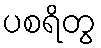
ပစရိတွ